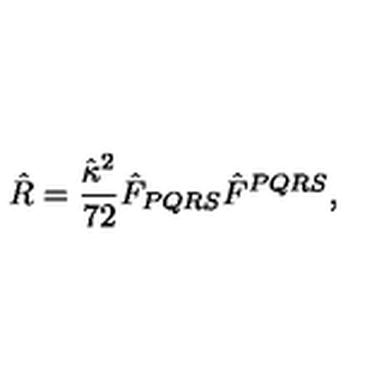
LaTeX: { \hat { R } = \frac { \hat { \kappa } ^ { 2 } } { 7 2 } \hat { F } _ { P Q R S } \hat { F } ^ { P Q R S } , }